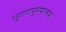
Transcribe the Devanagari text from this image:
पुराणपुरुषोत्तमः।